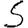
Digit: 5